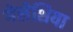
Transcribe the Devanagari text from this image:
गेलेशिया